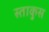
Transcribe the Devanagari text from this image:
स्ताकुस